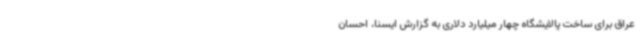
عراق برای ساخت پالایشگاه چهار میلیارد دلاری به گزارش ایسنا، احسان